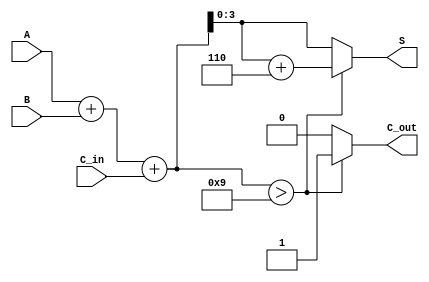
module BCD_Fast_Adder (
    input  wire [3:0] A,      // First BCD digit
    input  wire [3:0] B,      // Second BCD digit
    input  wire C_in,         // Carry input
    output reg  [3:0] S,      // BCD sum output
    output reg  C_out         // Carry output
);

    wire [4:0] S_bin;         // 5-bit sum to accommodate carry
    wire correction_needed;    // Flag for correction

    // Step 1: Binary addition
    assign S_bin = A + B + C_in;

    // Step 2: Check if correction is needed
    assign correction_needed = S_bin > 9;

    // Step 3: Generate outputs
    always @(*) begin
        if (correction_needed) begin
            S = S_bin + 4'b0110; // Add 6 for BCD correction
            C_out = 1'b1;        // Set carry out
        end else begin
            S = S_bin[3:0];      // No correction needed
            C_out = 1'b0;        // No carry out
        end
    end

endmodule